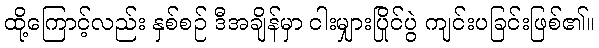
ထို့ကြောင့်လည်း နှစ်စဉ် ဒီအချိန်မှာ ငါးမျှားပြိုင်ပွဲ ကျင်းပခြင်းဖြစ်၏။